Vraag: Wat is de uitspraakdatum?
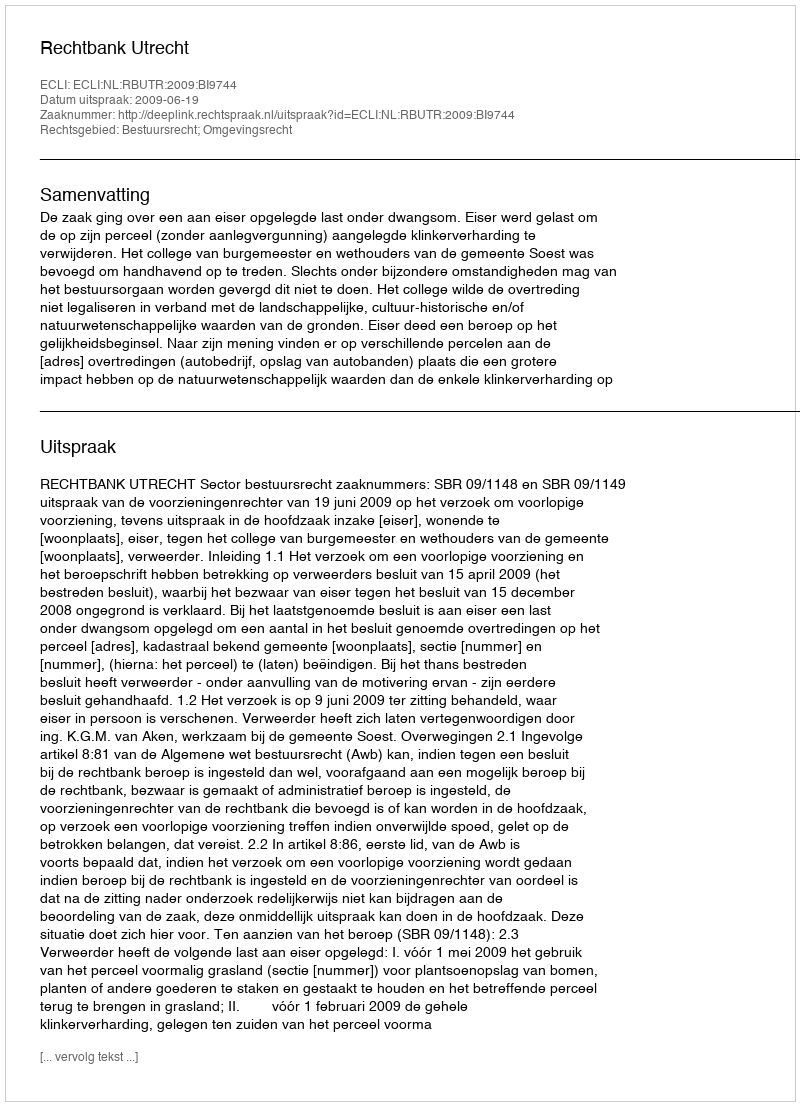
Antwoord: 2009-06-19